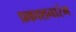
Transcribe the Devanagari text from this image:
प्रकाशनारंभ